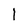
Character: l